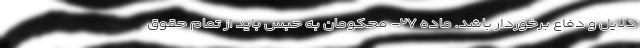
دلایل و دفاع برخوردار باشد. ماده ۲۷- محکومان به حبس باید از تمام حقوق